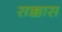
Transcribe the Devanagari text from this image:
सक्कास